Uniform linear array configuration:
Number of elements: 32
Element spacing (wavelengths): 0.75
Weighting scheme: binomial
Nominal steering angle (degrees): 0
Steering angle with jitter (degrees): -1.992
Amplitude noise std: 0.05
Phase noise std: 0.05

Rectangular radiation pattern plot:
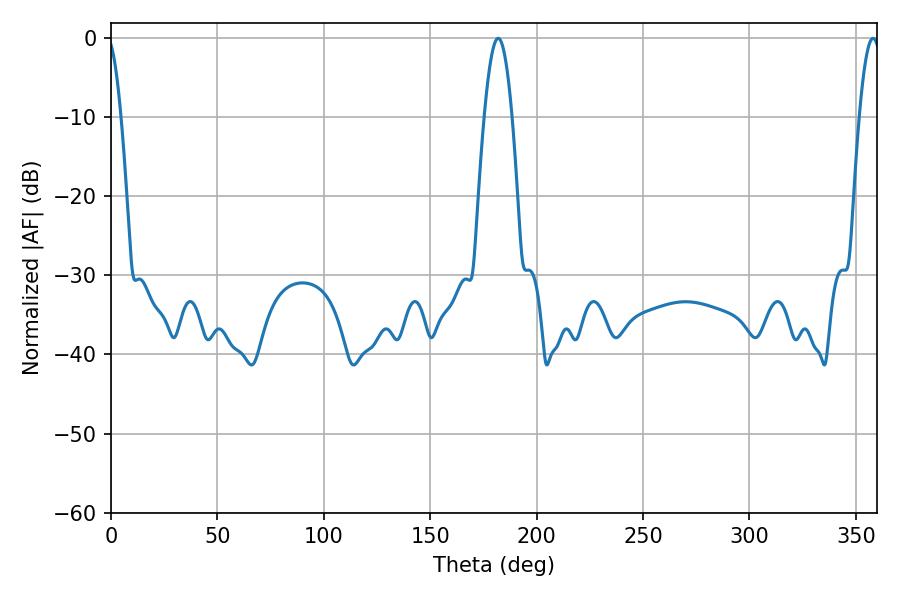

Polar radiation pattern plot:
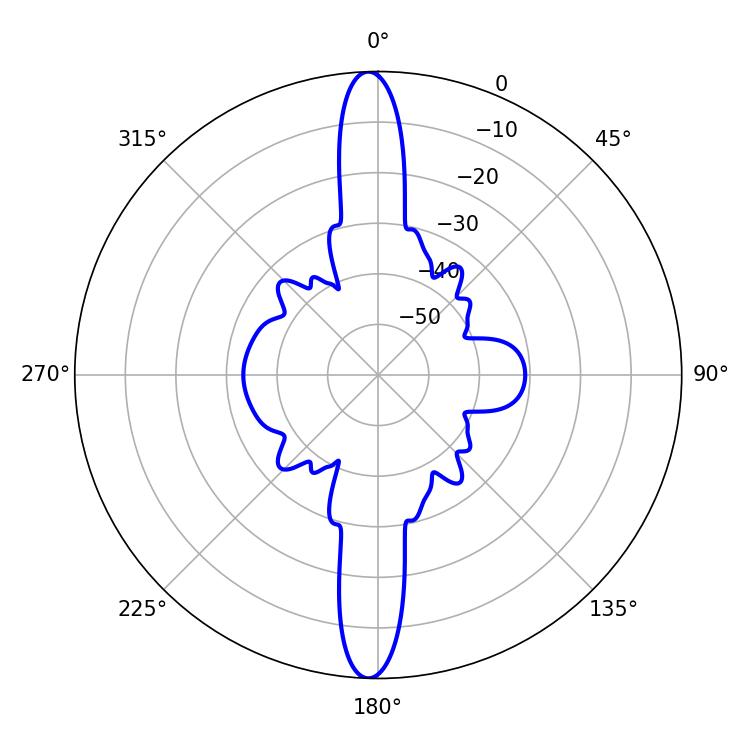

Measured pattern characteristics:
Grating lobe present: TRUE
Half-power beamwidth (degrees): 7.02
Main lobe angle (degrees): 181.98